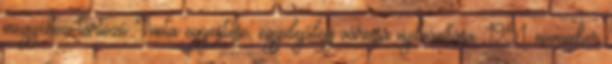
megyéhez tartozó Inota egyesítése, egyidejűleg várossá nyilvánítása. 1951. november